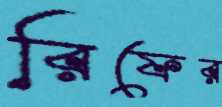
রিফের